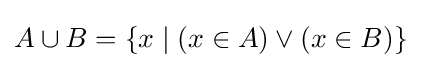
A\cup B=\{x\mid (x\in A)\lor (x\in B)\}